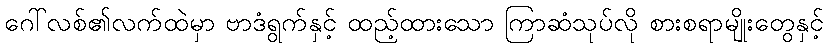
ဂေါ်လစ်၏လက်ထဲမှာ ဗာဒံရွက်နှင့် ထည့်ထားသော ကြာဆံသုပ်လို စားစရာမျိုးတွေနှင့်